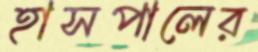
হাসপালের